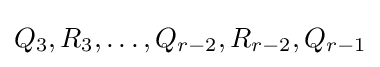
Q_{3},R_{3},\ldots ,Q_{r-2},R_{r-2},Q_{r-1}